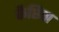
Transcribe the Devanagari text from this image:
कैप्टिवा